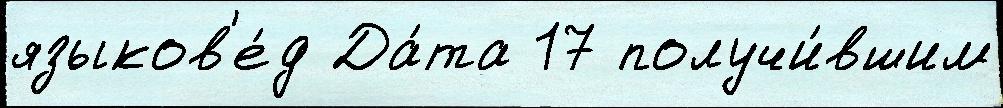
языков'е́д Да́та 17 получи́вшим